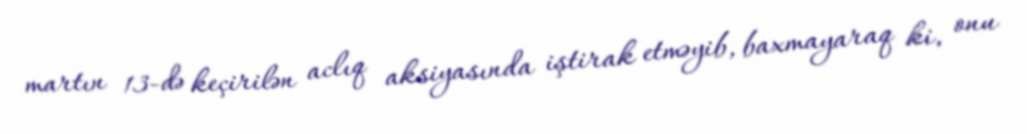
martın 13-də keçirilən aclıq aksiyasında iştirak etməyib, baxmayaraq ki, onu